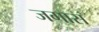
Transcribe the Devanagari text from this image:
जगास